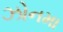
ઝોનમા